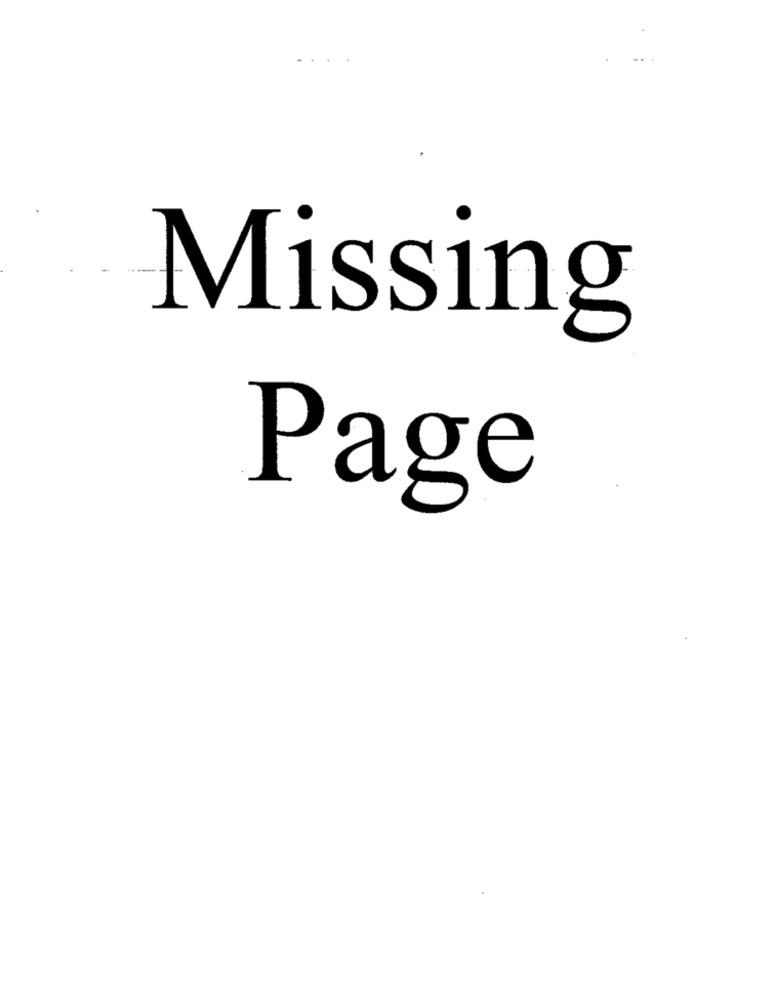
Missing
Page